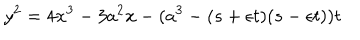
LaTeX: y ^ { 2 } = 4 x ^ { 3 } - 3 a ^ { 2 } x - ( a ^ { 3 } - ( s + \epsilon t ) ( s - \epsilon t ) ) t